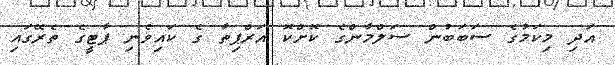
އަދި މިކަމުގެ ސަބަބުން ސަލްމާންގެ ކޮށްކޮ އަރްޕިތާ ގެ ކައިވެނި ޕާޓީގެ ތެރޭގައި